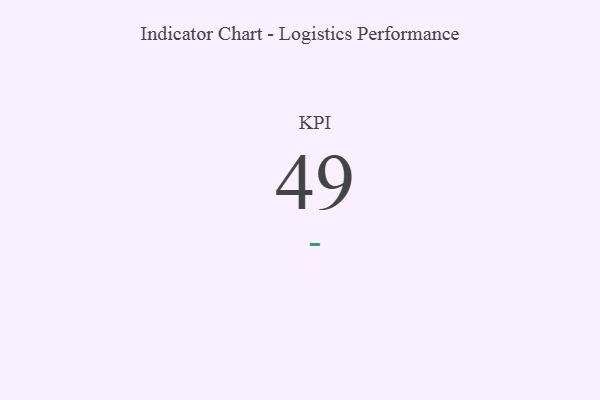
{"axis": {"x": "KPI", "y": "Value"}, "legend": [""], "data": [{"x": "KPI", "y": 49, "type": ""}]}